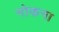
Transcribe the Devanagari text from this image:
नोकना